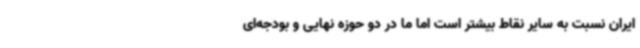
ایران نسبت به سایر نقاط بیشتر است اما ما در دو حوزه نهایی و بودجه‌ای